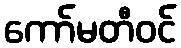
ကော်မတီဝင်